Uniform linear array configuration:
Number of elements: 48
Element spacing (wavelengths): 0.75
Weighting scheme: kaiser
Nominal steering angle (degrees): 45
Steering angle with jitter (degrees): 45.98
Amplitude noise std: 0.05
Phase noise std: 0.05

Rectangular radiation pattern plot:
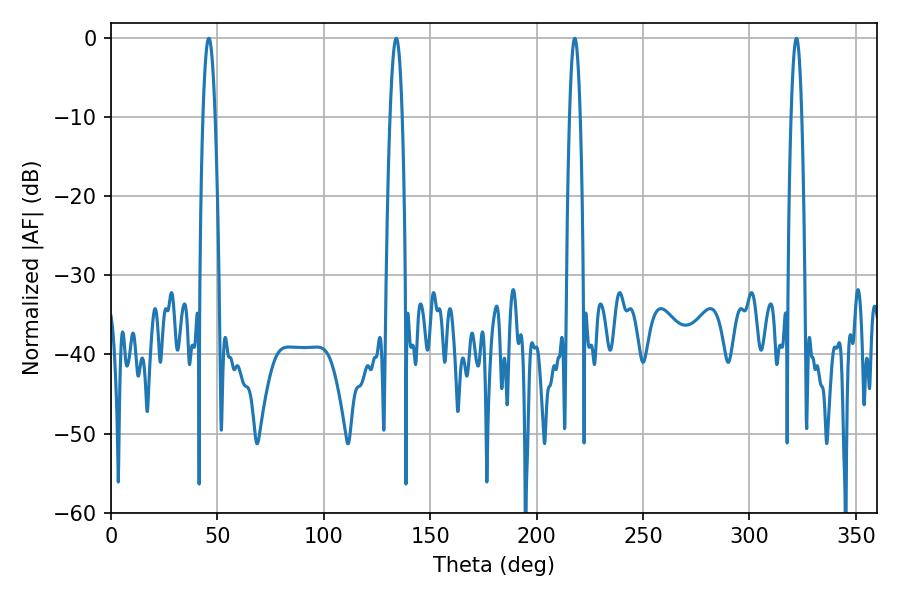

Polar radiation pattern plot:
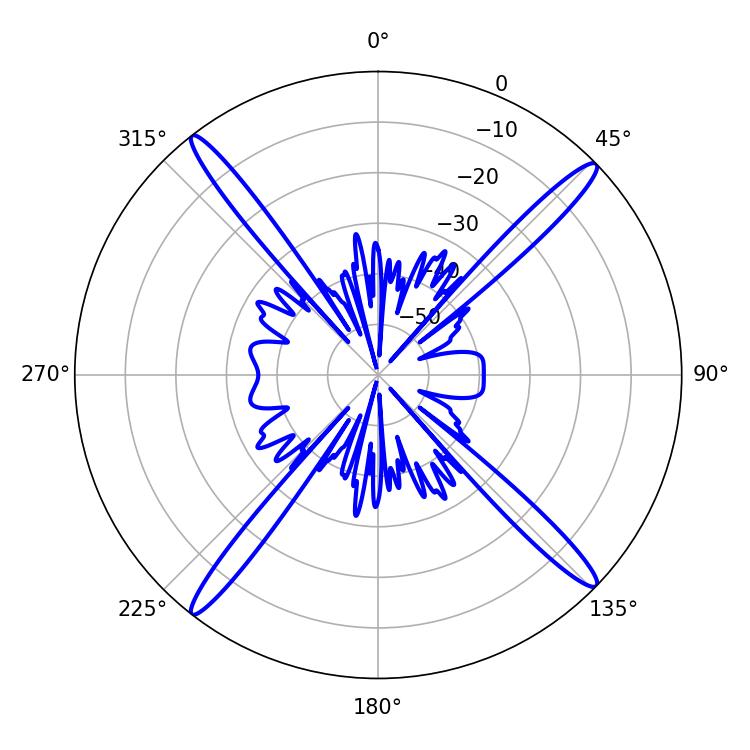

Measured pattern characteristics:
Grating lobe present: TRUE
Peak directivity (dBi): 19.778
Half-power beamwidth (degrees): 3.06
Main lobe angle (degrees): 45.9